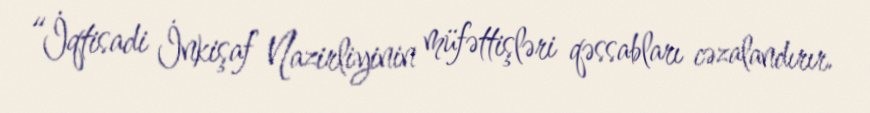
“İqtisadi İnkişaf Nazirliyinin müfəttişləri qəssabları cəzalandırır.